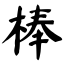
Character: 棒